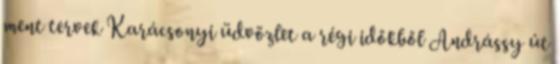
ment tervek Karácsonyi üdvözlet a régi időkből Andrássy út